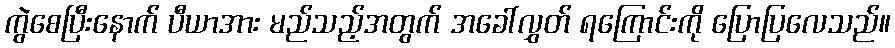
ကွဲစေပြီးနောက် ပီယာအား မည်သည့်အတွက် အခေါ်လွှတ် ရကြောင်းကို ပြောပြလေသည်။